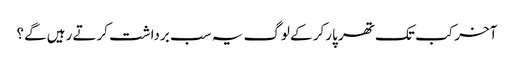
آخر کب تک تھر پارکر کے لوگ یہ سب برداشت کرتے رہیں گے؟